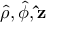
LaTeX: { \boldsymbol { \hat { \rho } } } , { \boldsymbol { \hat { \phi } } } , \mathbf { \hat { z } }